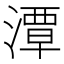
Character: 潭